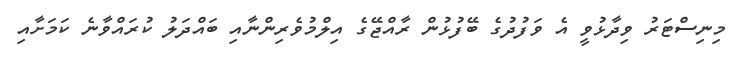
މިނިސްޓަރު ވިދާޅުވީ އެ ވަފުދުގެ ބޭފުޅުން ރާއްޖޭގެ އިލްމުވެރިންނާއި ބައްދަލު ކުރައްވާނެ ކަމަށާއި